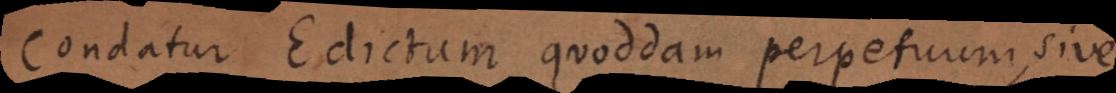
Condatur Edictum quoddam perpetuum, sive